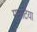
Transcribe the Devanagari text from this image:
मुमटिया